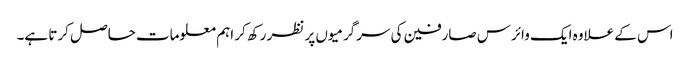
اس کے علاوہ ایک وائرس صارفین کی سرگرمیوں پر نظر رکھ کر اہم معلومات حاصل کرتا ہے۔